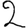
Digit: 2